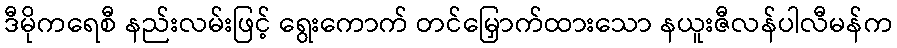
ဒီမိုကရေစီ နည်းလမ်းဖြင့် ရွေးကောက် တင်မြှောက်ထားသော နယူးဇီလန်ပါလီမန်က